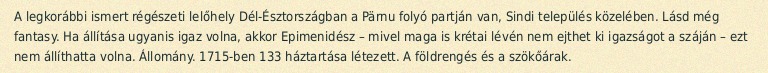
A legkorábbi ismert régészeti lelőhely Dél-Észtországban a Pärnu folyó partján van, Sindi település közelében. Lásd még fantasy. Ha állítása ugyanis igaz volna, akkor Epimenidész – mivel maga is krétai lévén nem ejthet ki igazságot a száján – ezt nem állíthatta volna. Állomány. 1715-ben 133 háztartása létezett. A földrengés és a szökőárak.